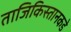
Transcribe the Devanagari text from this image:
ताजिकिस्तानकडे